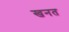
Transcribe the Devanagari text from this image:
खनत